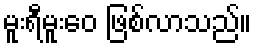
မူးရီမူးဝေ ဖြစ်လာသည်။